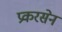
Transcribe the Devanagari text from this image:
प्रकरसेन